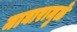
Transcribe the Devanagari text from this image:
माघारामुळे